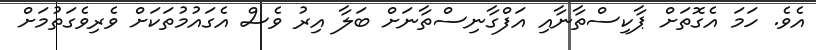
އެވެ. ހަމަ އެގޮތަށް ޕާކިސްތާނާއި އަފްގާނިސްތާނަށް ބަލާ އިރު ވެސް އެގައުމުތަކަށް ވެރިވެގަތުމަށް